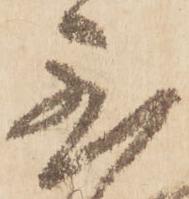
至